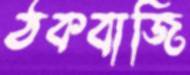
ঠকবাজি